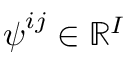
\boldsymbol { \psi } ^ { i j } \in \mathbb { R } ^ { I }